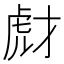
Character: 𧆯